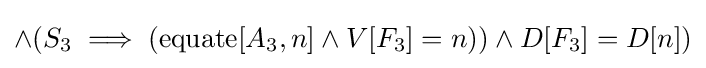
\land (S_{3}\implies (\operatorname {equate} [A_{3},n]\land V[F_{3}]=n))\land D[F_{3}]=D[n])